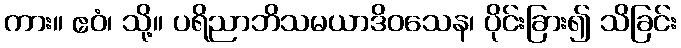
ကား။ ဧဝံ၊ သို့။ ပရိညာဘိသမယာဒိဝသေန၊ ပိုင်းခြား၍ သိခြင်း